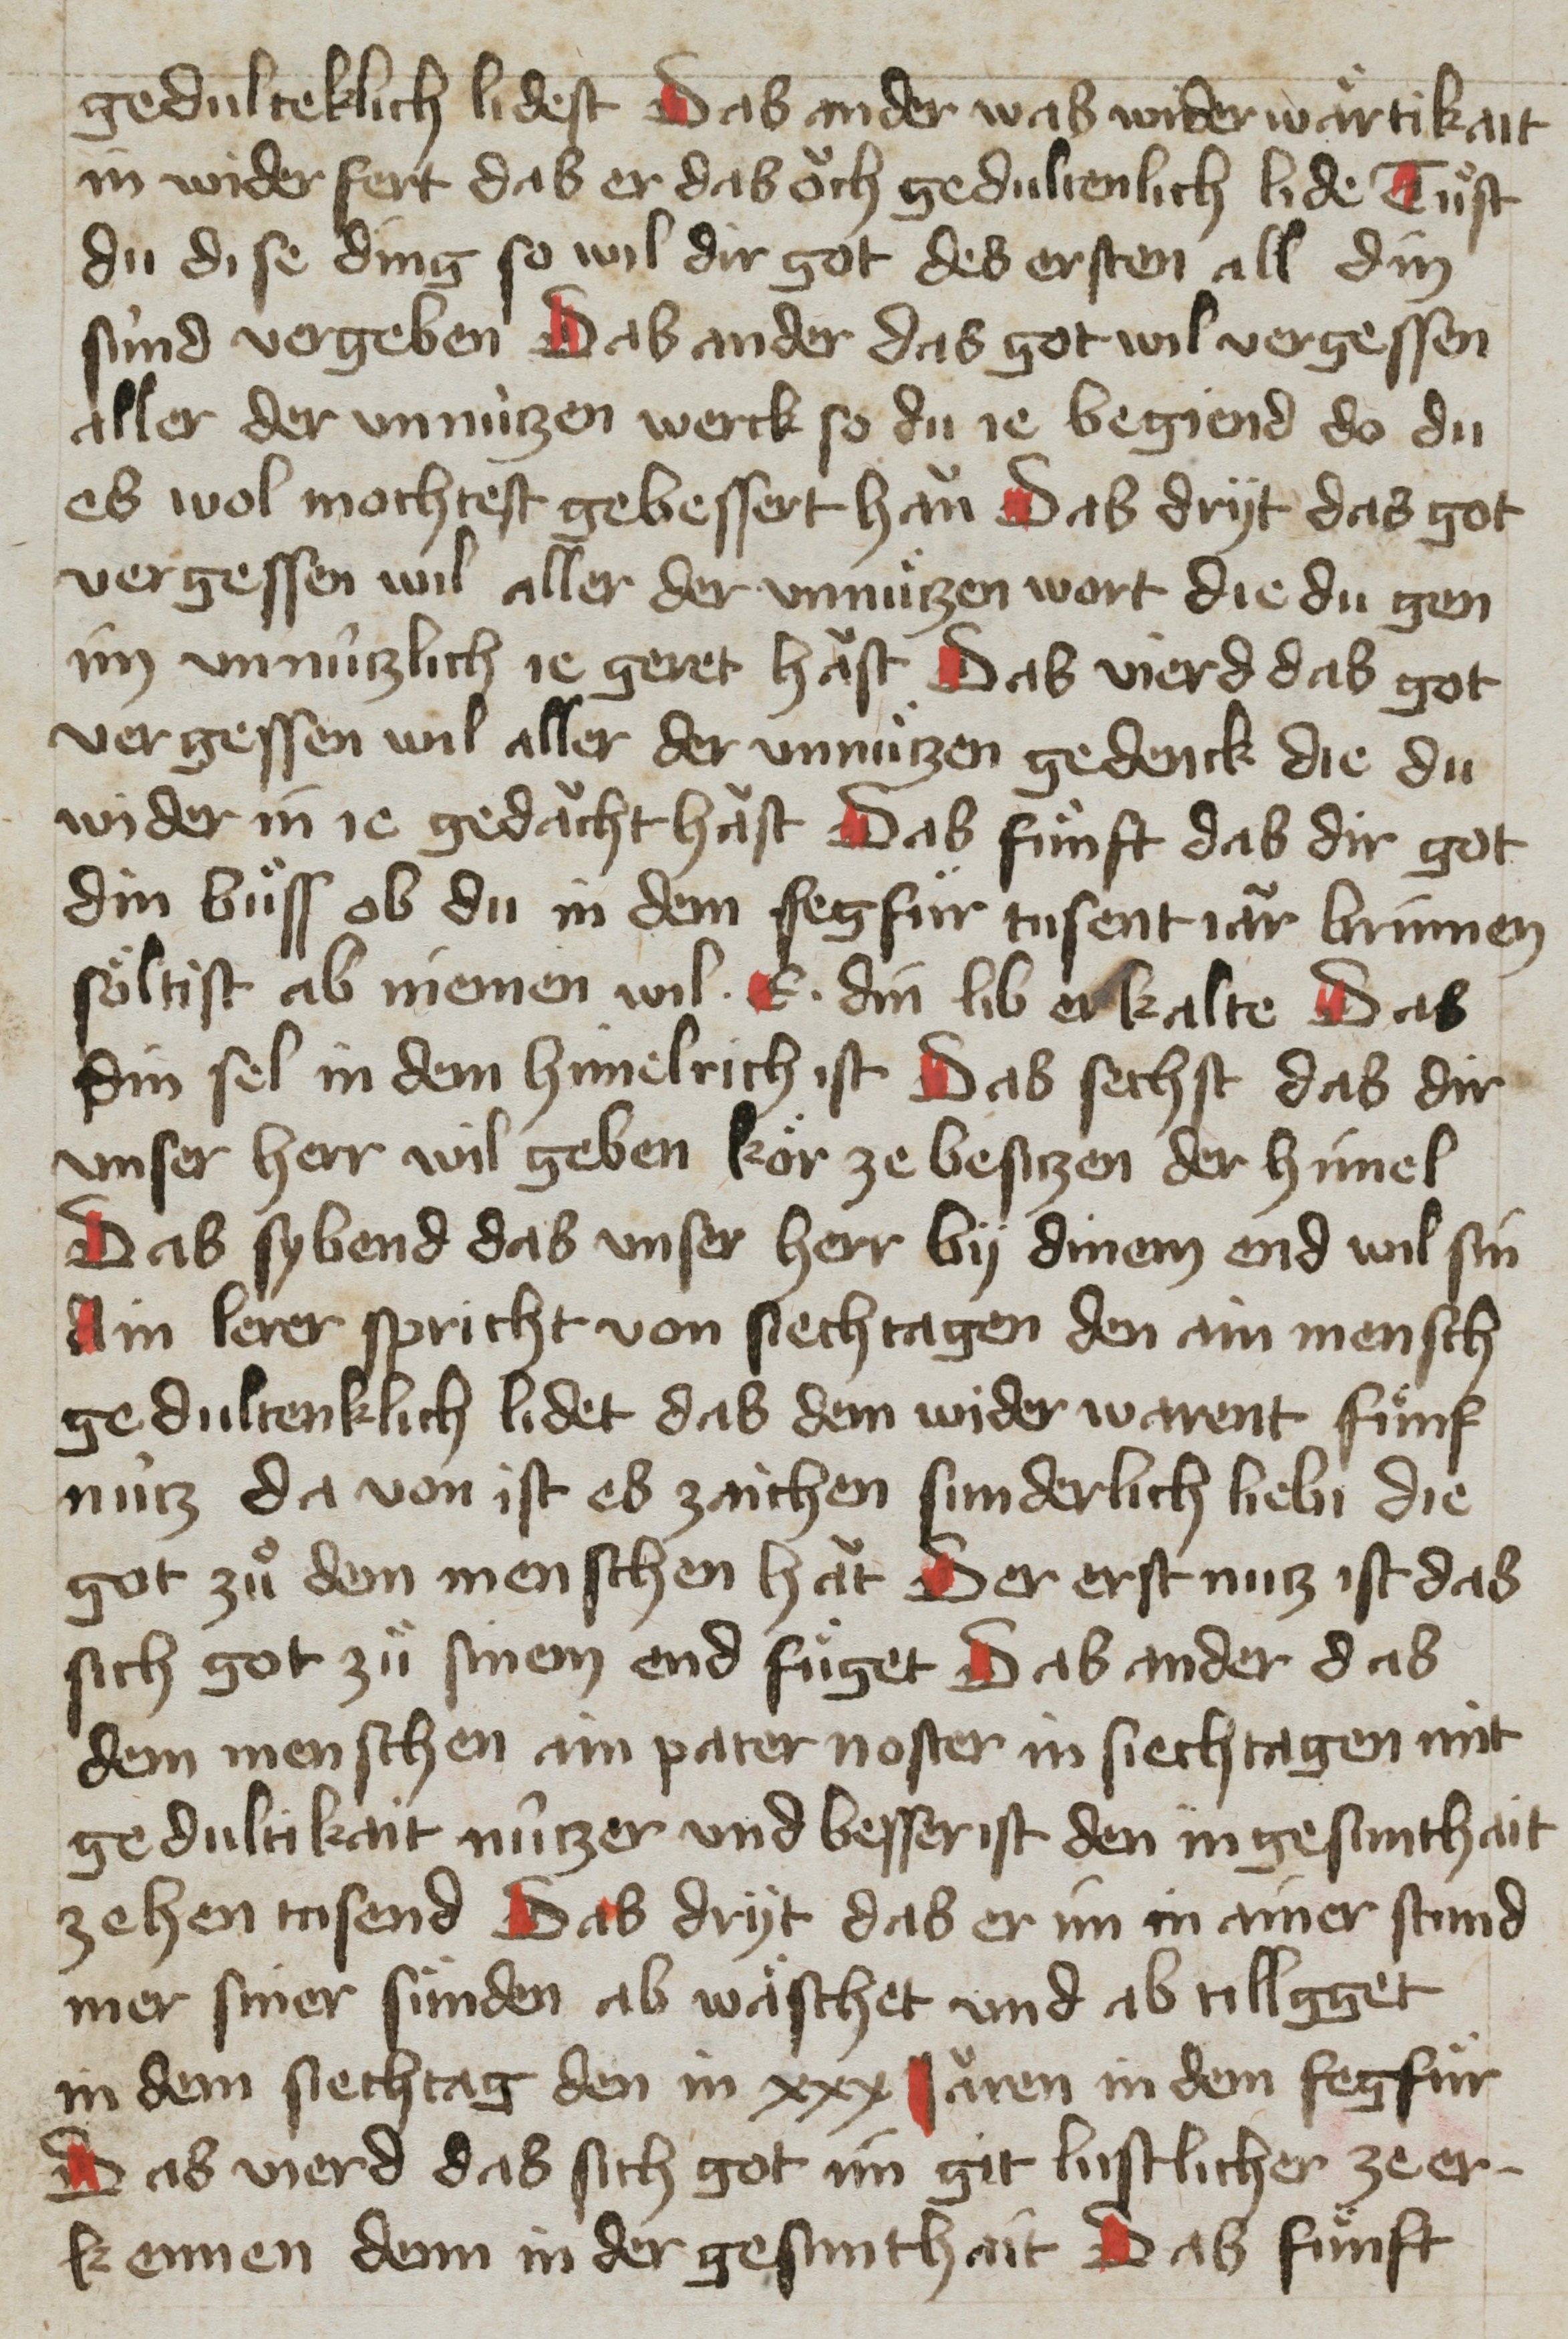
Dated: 1400–1499